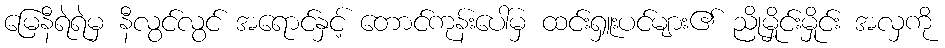
မြေနီရဲရဲမှ နီလွင်လွင် အရောင်နှင့် တောင်ကုန်းပေါ်မှ ထင်းရှူးပင်များ၏ ညိုမှိုင်းမှိုင်း အလှကို